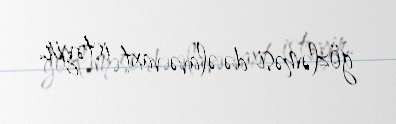
gözləməsi də əlavə vaxt istəyir.